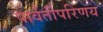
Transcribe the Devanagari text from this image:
पार्वतीपरिणय